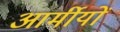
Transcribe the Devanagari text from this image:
आर्मीयों